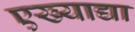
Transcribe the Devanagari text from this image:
एख्याद्या